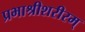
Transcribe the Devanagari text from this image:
प्रभाश्रीशरीरम्